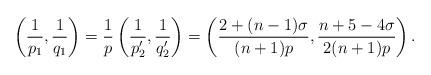
LaTeX: \begin{align*} \left(\frac{1}{p_1}, \frac{1}{q_1}\right) = \frac{1}{p}\left(\frac{1}{p'_2}, \frac{1}{q'_2}\right) =\left( \frac{2 + (n-1)\sigma}{(n+1)p}, \frac{n+5 -4\sigma}{2(n+1)p} \right).\end{align*}